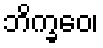
ဘိက္ခဝေ၊